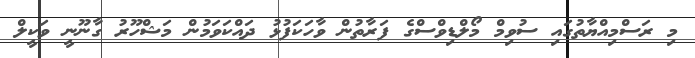
މި ރަސްމިއްޔާތުގައި ސުވިމް މޯލްޑިވްސްގެ ފަރާތުން ވާހަކަފުޅު ދައްކަވަމުން މަޝްހޫރު ގާނޫނީ ވަކީލް